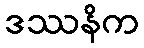
ဒဿနိက